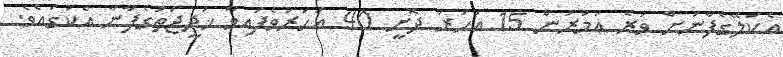
އެކަލޭގެފާނަށް ވުރެ ޢުމުރުން 15 އަހަރު ދޮށީ 40 އަހަރުވެފައިވާ ޚަދީޖަތުގެފާނާ އެކުގައެވެ.